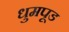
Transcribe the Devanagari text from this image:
धुमपूड